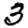
Digit: 3